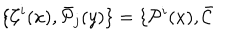
\{ { \cal C } ^ { i } ( x ) , \bar { { \cal P } } _ { j } ( y ) \} = \{ { \cal P } ^ { i } ( x ) , \bar { { \cal C } }